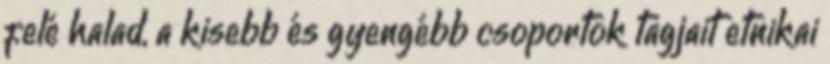
felé halad, a kisebb és gyengébb csoportok tagjait etnikai